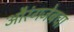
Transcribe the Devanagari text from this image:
औरंगजेबचा